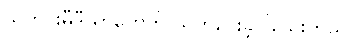
သတင်းမီဒီယာတွေကို သတိပေးခဲ့ပါသေးတယ်။